Notes on vaccination in the North-West Frontier Province 1923-1928 - 1923-1928
Year: 1923
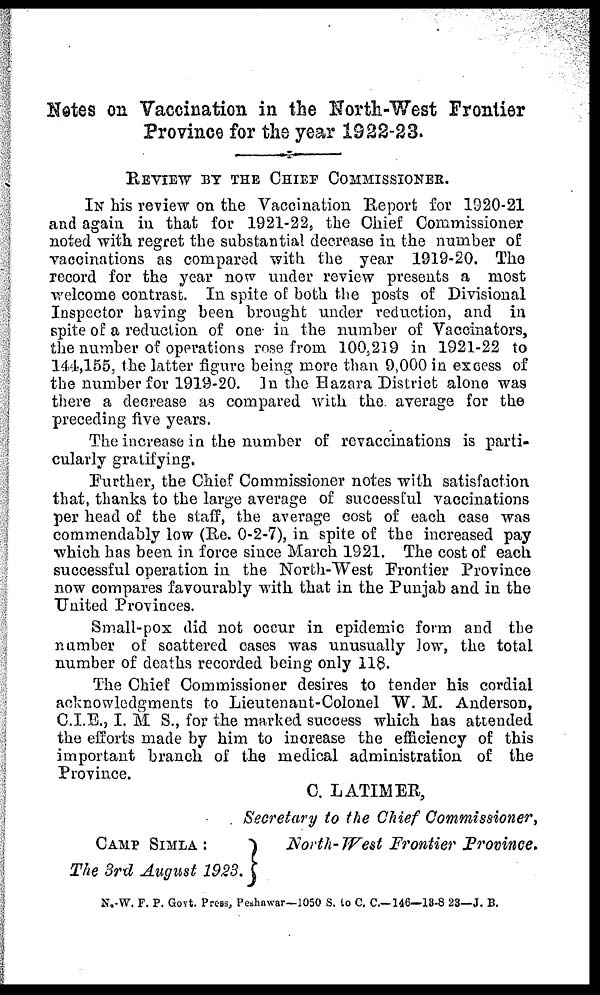
Notes on Vaccination in the North-West Frontier
Province for the year 1922-23.
REVIEW BY THE CHIEF COMMISSIONER.
IN his review on the Vaccination Report for 1920-21
and again in that for 1921-22, the Chief Commissioner
noted with regret the substantial decrease in the number of
vaccinations as compared with the year 1919-20. The
record for the year now under review presents a most
welcome contrast. In spite of both the posts of Divisional
Inspector having been brought under reduction, and in
spite of a reduction of one in the number of Vaccinators,
the number of operations rose from 100,219 in 1921-22 to
144,155, the latter figure being more than 9,000 in excess of
the number for 1919-20. In the Hazara District alone was
there a decrease as compared with the. average for the
preceding five years.
The increase in the number of revaccinations is parti-
cularly gratifying.
Further, the Chief Commissioner notes with satisfaction
that, thanks to the large average of successful vaccinations
per head of the staff, the average cost of each case was
commendably low (Re. 0-2-7), in spite of the increased pay
which has been in force since March 1921. The cost of each
successful operation in the North-West Frontier Province
now compares favourably with that in the Punjab and in the
United Provinces.
Small-pox did not occur in epidemic form and the
number of scattered cases was unusually low, the total
number of deaths recorded being only 118.
The Chief Commissioner desires to tender his cordial
acknowledgments to Lieutenant-Colonel W. M. Anderson,
C.I.E., I. M S., for the marked success which has attended
the efforts made by him to increase the efficiency of this
important branch of the medical administration of the
Province.
C. LATIMER,
Secretary to the Chief Commissioner,
CAMP SIMLA :
The 3rd August 1923.
North- West Frontier Province.
N.-W. F. P. Govt. Press, Peshawar—1050 S. to C. C.—146—13-8-23—J. B.